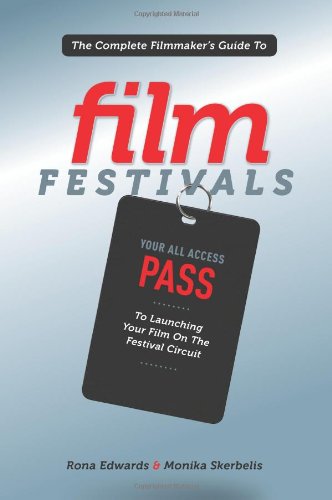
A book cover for The Complete Filmmaker's Guide to Film Festivals: Your All Access Pass to launching your film on the festival circuit; Rona Edwards; Humor & Entertainment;